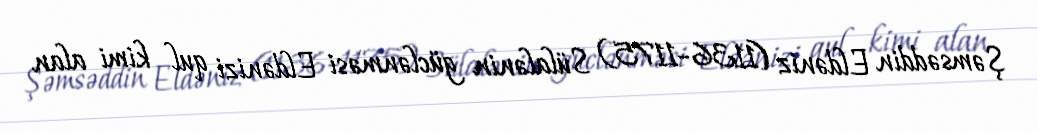
Şəmsəddin Eldəniz (1136–1175) Sülalənin güclənməsi Eldənizi qul kimi alan